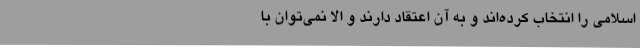
اسلامی را انتخاب کرده‌اند و به آن اعتقاد دارند و الاّ نمی‌توان با